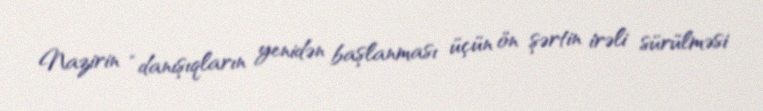
Nazirin “danışıqların yenidən başlanması üçün ön şərtin irəli sürülməsi